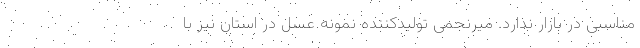
مناسبی در بازار ندارد. میرنجمی تولیدکننده نمونه عسل در استان نیز با